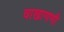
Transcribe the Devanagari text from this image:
वाखाणणी